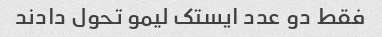
فقط دو عدد ایستک لیمو تحول دادند